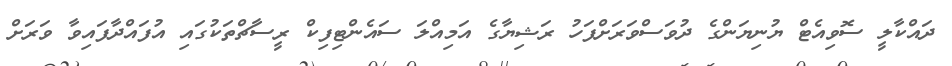
ދައްކާލީ ސޮވިއެޓް ޔުނިޔަންގެ ދުވަސްވަރަށްފަހު ރަޝިޔާގެ އަމިއްލަ ސައެންޓިފިކް ރީސާޗްތަކުގައި އުފައްދާފައިވާ ވަރަށް